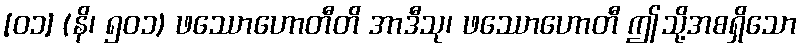
[၀၁] (နိ၊ ၅၀၁) ဖဿောဟောတီတိ အာဒီသု၊ ဖဿောဟောတီ ဤသို့အစရှိသော